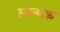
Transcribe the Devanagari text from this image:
स्तन्भक